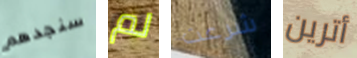
سنجدهم لم شرعت أترين